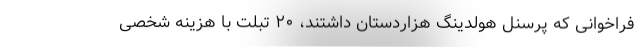
فراخوانی که پرسنل هولدینگ هزاردستان داشتند، ۲۰ تبلت با هزینه شخصی